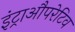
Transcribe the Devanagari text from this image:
इंट्राऔपरेटिव